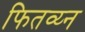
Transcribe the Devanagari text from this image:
फितव्य्न